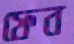
ফেব